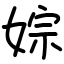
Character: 婃